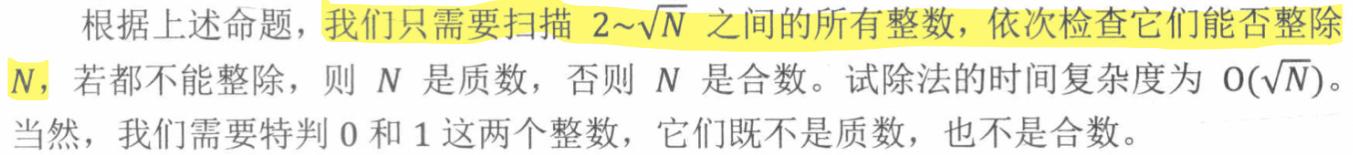
根据上述命题，我们只需要扫描 \(2\sim\sqrt{N}\) 之间的所有整数，依次检查它们能否整除 \(N\)，若都不能整除，则 \(N\) 是质数，否则 \(N\) 是合数。试除法的时间复杂度为 \(O(\sqrt{N})\)。当然，我们需要特判 \(0\) 和 \(1\) 这两个整数，它们既不是质数，也不是合数。